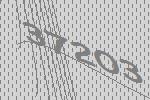
37203